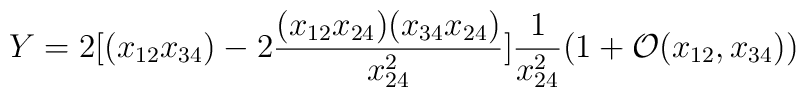
Y = 2[(x_{12} x_{34}) - 2\frac{(x_{12}x_{24}) (x_{34}x_{24})}{x_{24}^2}] \frac{1}{x_{24}^2}(1+\mathcal{O}(x_{12}, x_{34}))